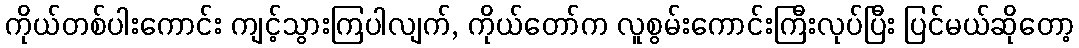
ကိုယ်တစ်ပါးကောင်း ကျင့်သွားကြပါလျက်, ကိုယ်တော်က လူစွမ်းကောင်းကြီးလုပ်ပြီး ပြင်မယ်ဆိုတော့